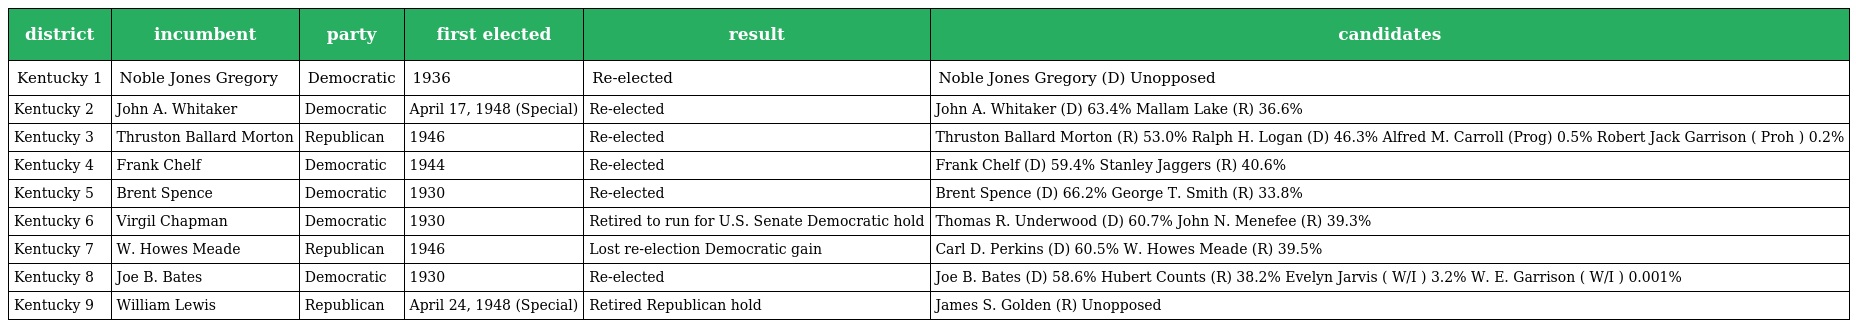
| district | incumbent | party | first elected | result | candidates |
 | --- | --- | --- | --- | --- | --- |
 | Kentucky 1 | Noble Jones Gregory | Democratic | 1936 | Re-elected | Noble Jones Gregory (D) Unopposed |
 | Kentucky 2 | John A. Whitaker | Democratic | April 17, 1948 (Special) | Re-elected | John A. Whitaker (D) 63.4% Mallam Lake (R) 36.6% |
 | Kentucky 3 | Thruston Ballard Morton | Republican | 1946 | Re-elected | Thruston Ballard Morton (R) 53.0% Ralph H. Logan (D) 46.3% Alfred M. Carroll (Prog) 0.5% Robert Jack Garrison ( Proh ) 0.2% |
 | Kentucky 4 | Frank Chelf | Democratic | 1944 | Re-elected | Frank Chelf (D) 59.4% Stanley Jaggers (R) 40.6% |
 | Kentucky 5 | Brent Spence | Democratic | 1930 | Re-elected | Brent Spence (D) 66.2% George T. Smith (R) 33.8% |
 | Kentucky 6 | Virgil Chapman | Democratic | 1930 | Retired to run for U.S. Senate Democratic hold | Thomas R. Underwood (D) 60.7% John N. Menefee (R) 39.3% |
 | Kentucky 7 | W. Howes Meade | Republican | 1946 | Lost re-election Democratic gain | Carl D. Perkins (D) 60.5% W. Howes Meade (R) 39.5% |
 | Kentucky 8 | Joe B. Bates | Democratic | 1930 | Re-elected | Joe B. Bates (D) 58.6% Hubert Counts (R) 38.2% Evelyn Jarvis ( W/I ) 3.2% W. E. Garrison ( W/I ) 0.001% |
 | Kentucky 9 | William Lewis | Republican | April 24, 1948 (Special) | Retired Republican hold | James S. Golden (R) Unopposed |